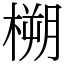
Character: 㮶